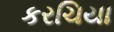
કરચિયા